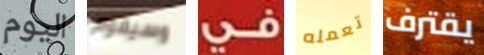
اليوم وسيقوم في تعمله يقترف